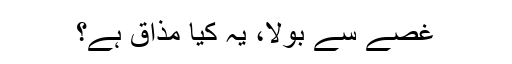
غصے سے بولا، یہ کیا مذاق ہے؟